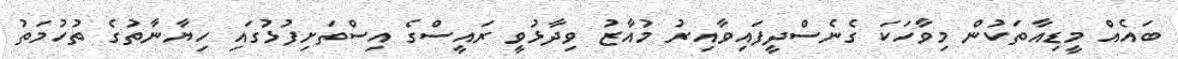
ބައެއް މީޑިއާތަކުން މިވާހަކަ ގެނެސްދީފައިވާއިރު މުއާޒު ވިދާޅުވީ ރައީސްގެ އިސްތަށިފުޅުގައި ހިޔާނާތުގެ ތުހުމަތު